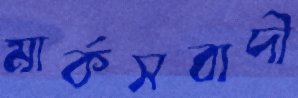
মার্কসবাদী